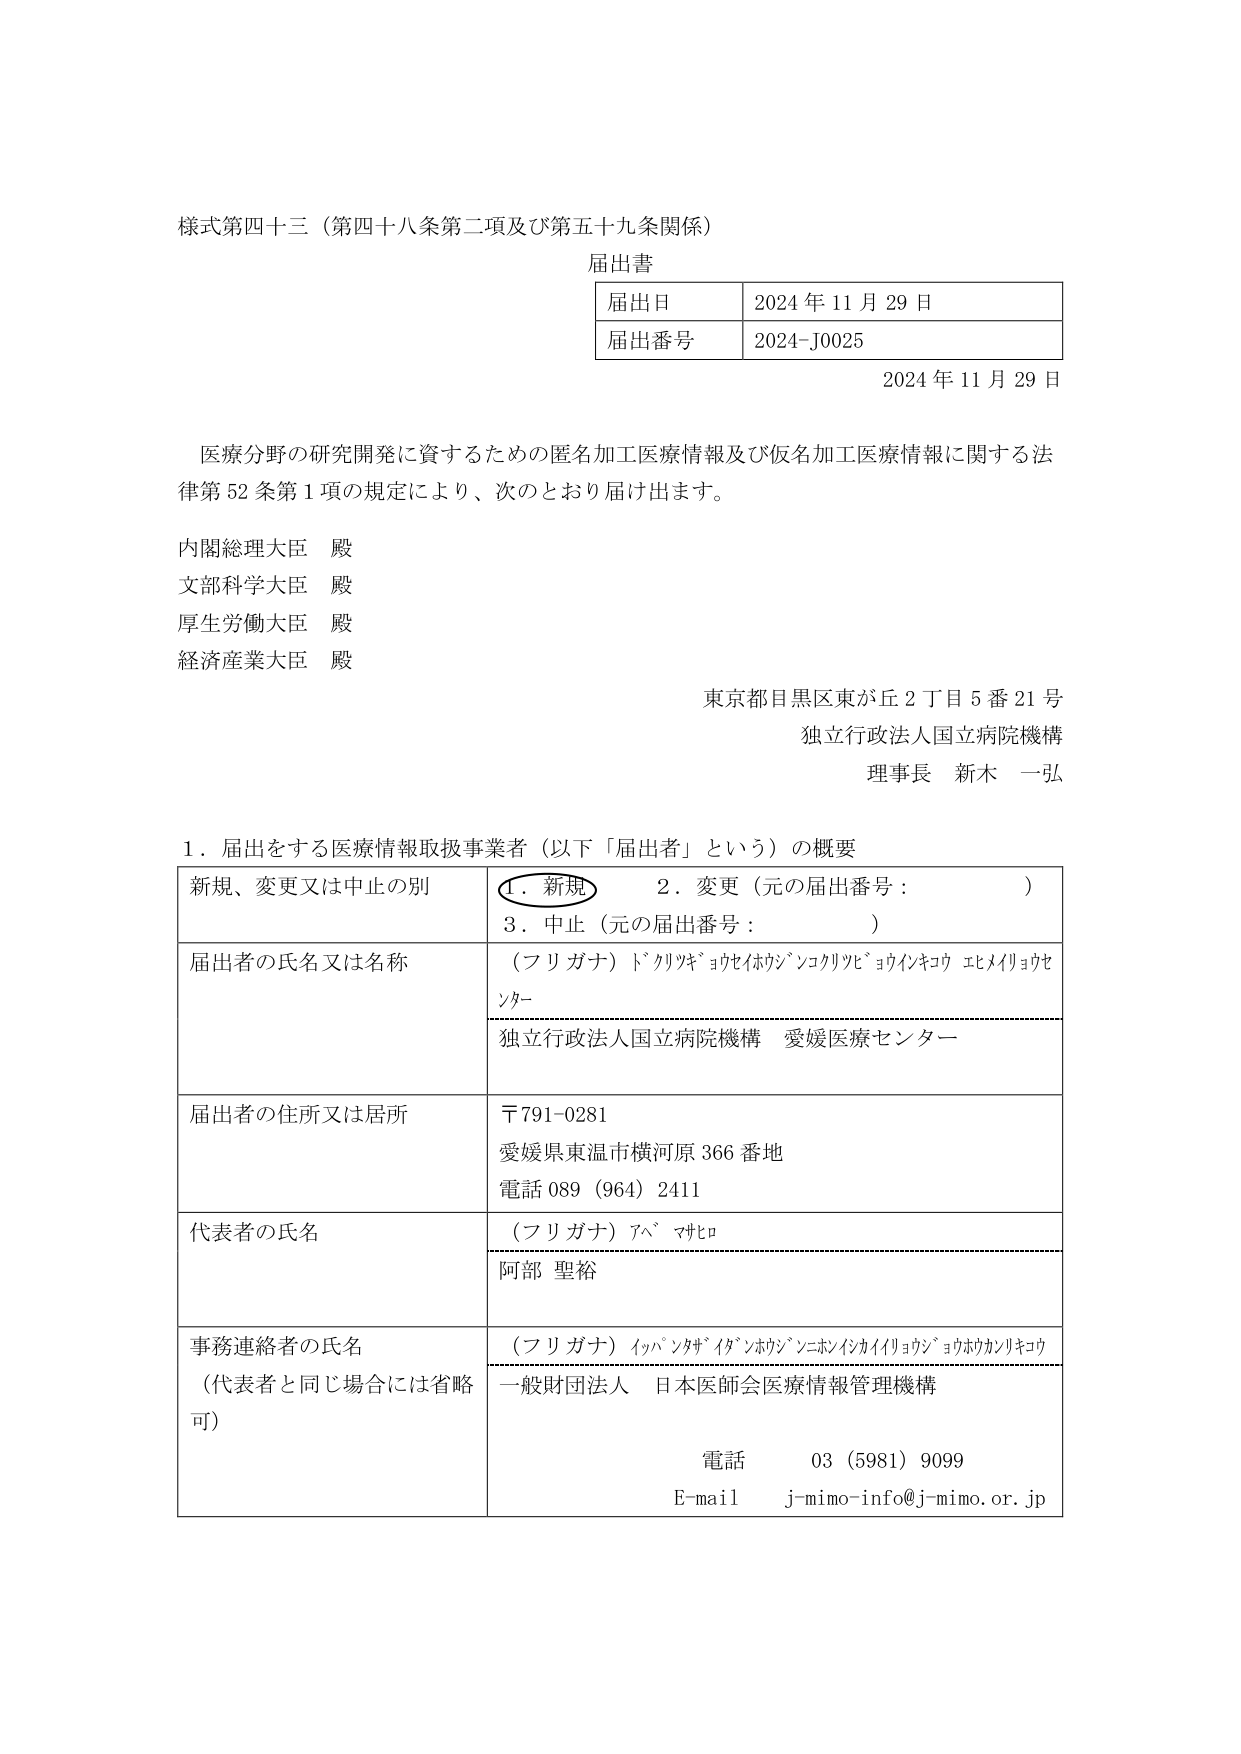
様式第四十三（第四十八条第二項及び第五十九条関係）

届出書

届出日　2024年11月29日
届出番号　2024-J0025

2024年11月29日

医療分野の研究開発に資するための匿名加工医療情報及び仮名加工医療情報に関する法律第52条第1項の規定により、次のとおり届け出ます。

内閣総理大臣　殿
文部科学大臣　殿
厚生労働大臣　殿
経済産業大臣　殿

東京都目黒区東が丘2丁目5番21号
独立行政法人国立病院機構
理事長　新木　一弘

1．届出をする医療情報取扱事業者（以下「届出者」という）の概要

| 新規、変更又は中止の別 | 1．新規　2．変更（元の届出番号：　　）　3．中止（元の届出番号：　　） |
|--------------------------|--------------------------------------------------------------------------|
| 届出者の氏名又は名称    | （フリガナ）ドクリョキョウセイホウジンコクリョヒョウインキコウ エヒメイリョウセ ンター<br>独立行政法人国立病院機構　愛媛医療センター |
| 届出者の住所又は居所    | 〒791-0281<br>愛媛県東温市横河原366番地<br>電話 089（964）2411 |
| 代表者の氏名            | （フリガナ）アベ　マサヒロ<br>阿部 聖裕 |
| 事務連絡者の氏名<br>（代表者と同じ場合には省略可） | （フリガナ）イッパンザイホウジンニホンイシキカイイリョウジョウホウカンリキコウ<br>一般財団法人　日本医師会医療情報管理機構<br>電話　03（5981）9099<br>E-mail　j-mimo-info@j-mimo.or.jp |